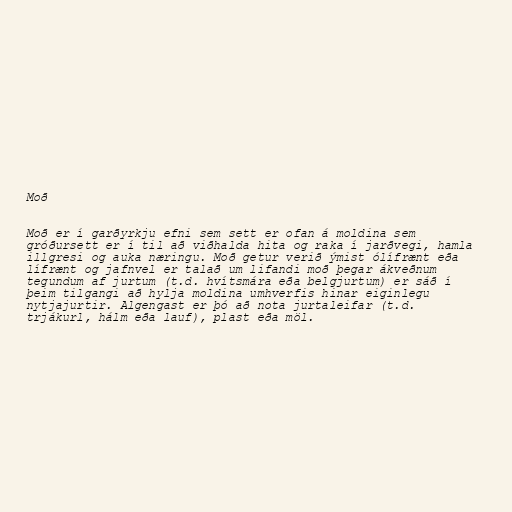
Moð

Moð er í garðyrkju efni sem sett er ofan á moldina sem
gróðursett er í til að viðhalda hita og raka í jarðvegi, hamla
illgresi og auka næringu. Moð getur verið ýmist ólífrænt eða
lífrænt og jafnvel er talað um lifandi moð þegar ákveðnum
tegundum af jurtum (t.d. hvítsmára eða belgjurtum) er sáð í
þeim tilgangi að hylja moldina umhverfis hinar eiginlegu
nytjajurtir. Algengast er þó að nota jurtaleifar (t.d.
trjákurl, hálm eða lauf), plast eða möl.